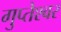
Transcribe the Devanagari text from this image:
गुप्तेश्‍वर